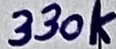
Text: 330k